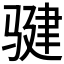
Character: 𩨃